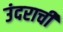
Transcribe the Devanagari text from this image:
उंदराची